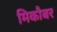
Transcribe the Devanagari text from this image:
मिकौबर